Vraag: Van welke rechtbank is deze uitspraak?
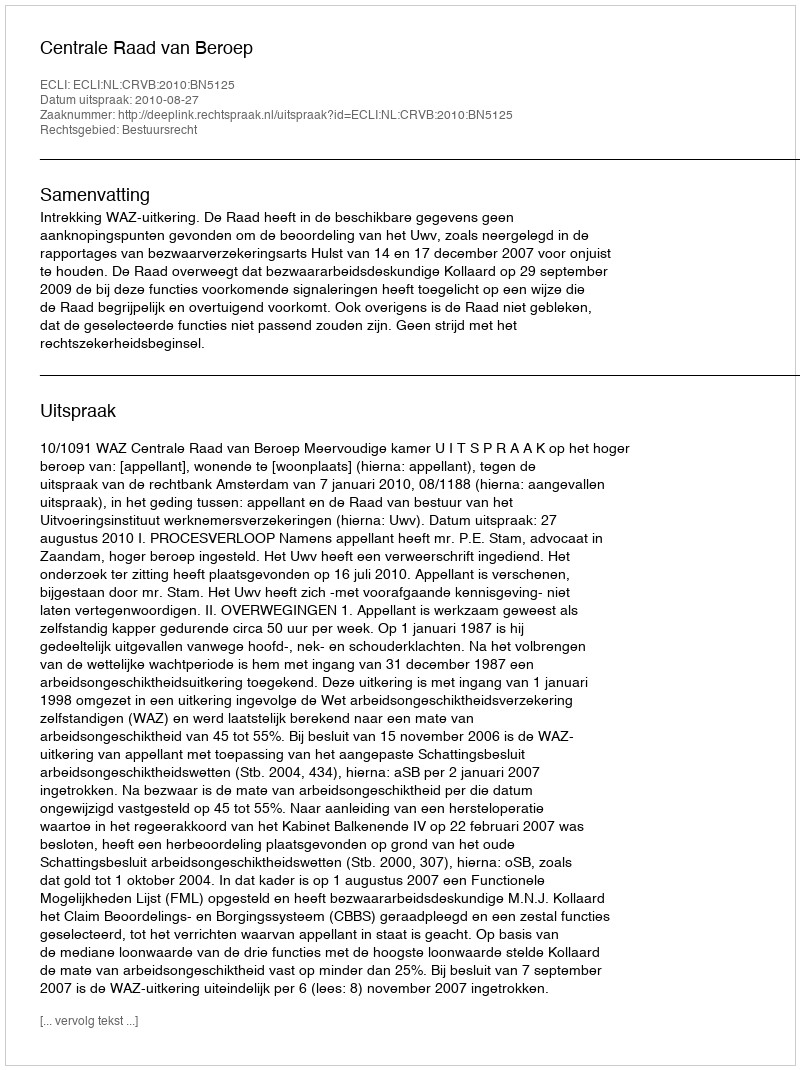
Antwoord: Centrale Raad van Beroep